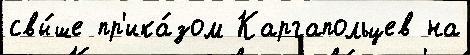
свы́ше пр'ика́зом Каргапольцев на